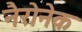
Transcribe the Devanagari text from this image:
नैरोनेक